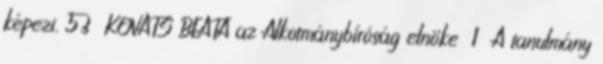
képezi. 53 KOVÁTS BEÁTA az Alkotmánybíróság elnöke 1 A tanulmány